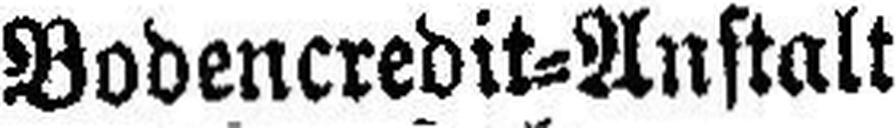
Bodencredit=Anstalt